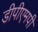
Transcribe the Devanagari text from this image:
डीपीएमपी